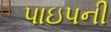
પાઇપની